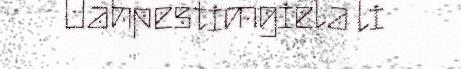
Oahpestimgiela li